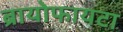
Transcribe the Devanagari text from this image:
ब्रायोफायटा